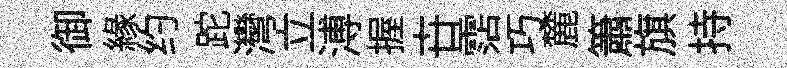
御緣约跎灣立溥握卋霑巧麓簫旗持